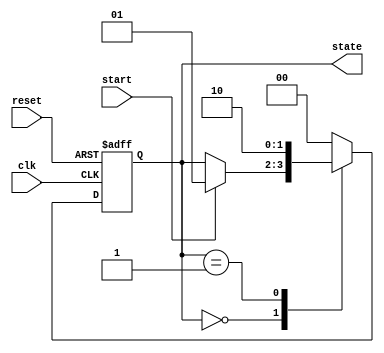
module fsm_example (
    input wire clk,        // Clock input
    input wire reset,      // Asynchronous reset
    input wire start,      // Start signal
    output reg [1:0] state // 2-bit state output
);

// State encoding
localparam IDLE    = 2'b00;
localparam RUNNING = 2'b01;
localparam DONE    = 2'b10;

// Sequential logic block
always @(posedge clk or posedge reset) begin
    // Reset logic
    if (reset) begin
        state <= IDLE; // Initialize state to IDLE
    end else begin
        // State transition logic
        case (state)
            IDLE: begin
                if (start) begin
                    state <= RUNNING; // Transition to RUNNING state
                end
            end
            
            RUNNING: begin
                // Here we could add more logic to determine when to transition to DONE
                state <= DONE; // For simplicity, transition directly to DONE
            end
            
            DONE: begin
                // Returning to IDLE state after DONE
                state <= IDLE; // Transition back to IDLE
            end
            
            default: state <= IDLE; // Default state transition
        endcase
    end
end

endmodule